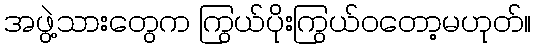
အဖွဲ့သားတွေက ကြွယ်ပိုးကြွယ်ဝတော့မဟုတ်။